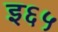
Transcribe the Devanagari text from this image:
इ६५